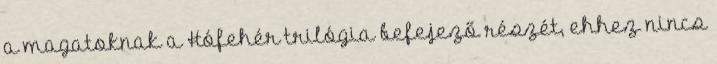
a magatoknak a Hófehér trilógia befejező részét, ehhez nincs